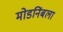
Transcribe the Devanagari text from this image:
मोडनिंबला